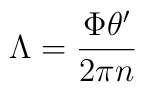
\Lambda={\frac{\Phi\theta^{\prime}}{2\pi n}}